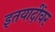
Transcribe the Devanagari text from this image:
इतयादींवर